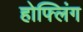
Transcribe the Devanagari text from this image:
होफ्लिंग